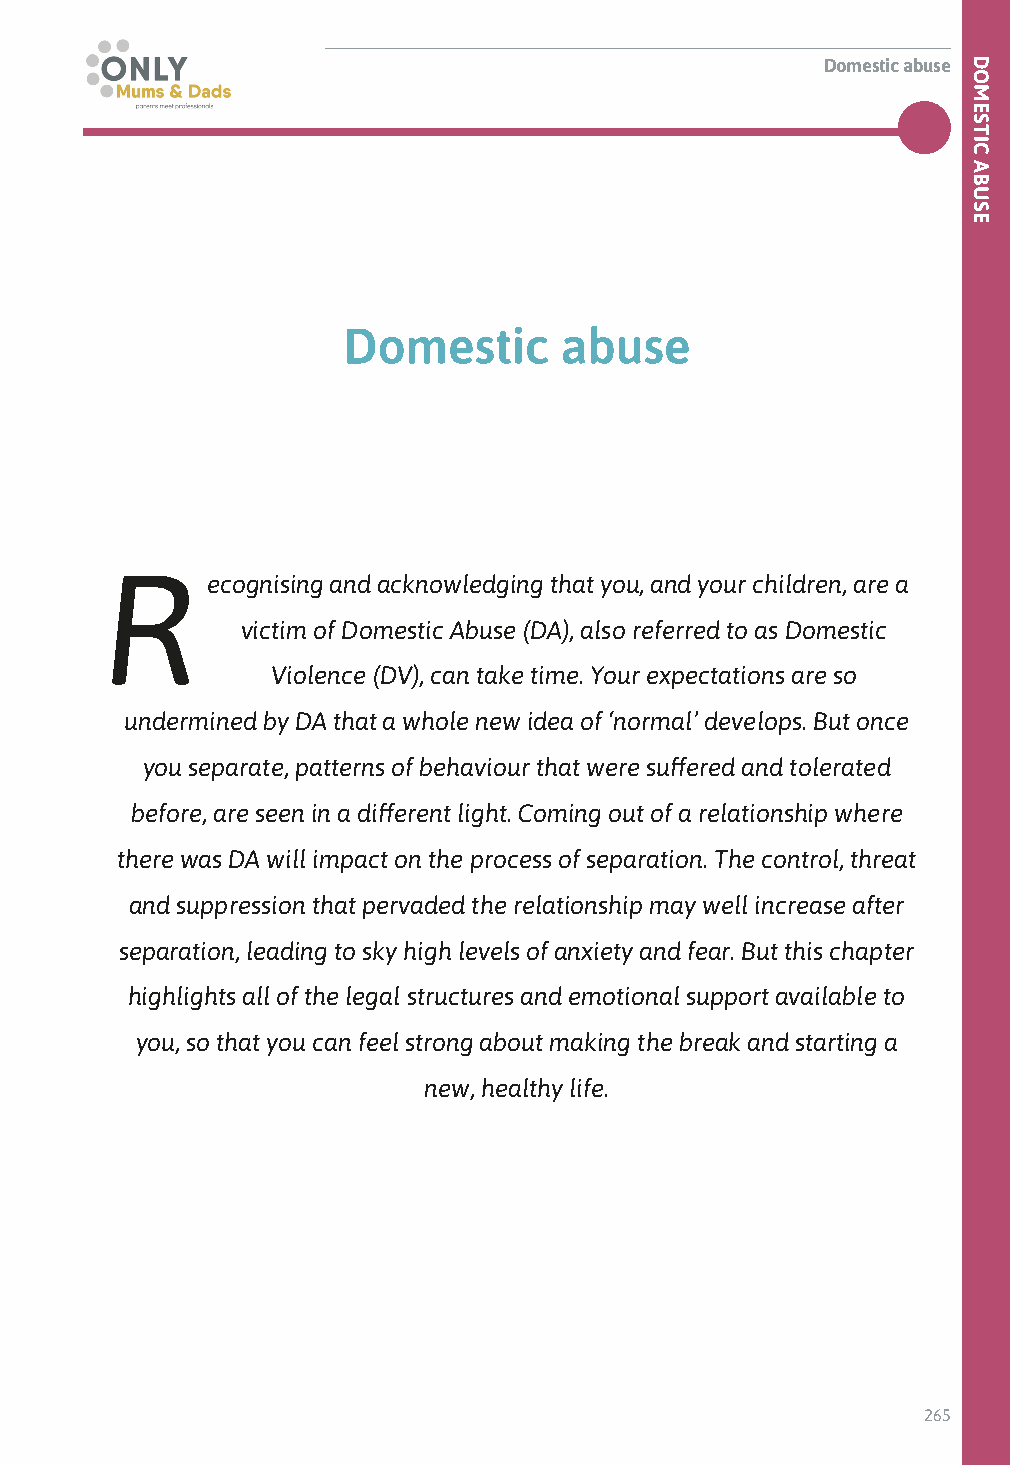
Domestic abuse
 Domestic      abuse
 R
 ecognising and acknowledging that you, and your children, are a
 victim of Domestic Abuse (DA), also referred to as Domestic
 Violence (DV), can take time. Your expectations are so
 undermined by DA that a whole new idea of ‘normal’ develops. But once
 you separate, patterns of behaviour that were suffered and tolerated
 before, are seen in a different light. Coming out of a relationship where
 there was DA will impact on the process of separation. The control, threat
 and suppression that pervaded the relationship may well increase after
 separation, leading to sky high levels of anxiety and fear. But this chapter
 highlights all of the legal structures and emotional support available to
 you, so that you can feel strong about making the break and starting a
 new, healthy life.
 265
 DOMESTIC
 ABUSE